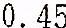
0.45